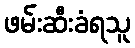
ဖမ်းဆီးခံရသူ